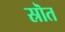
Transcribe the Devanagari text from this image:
स्रॊत